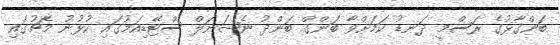
ބަންގާޅުގެ ރަސްމީ ދަނޑު ކަމަށްވާ ބަންގް ބަންދު ނެޝަނަލް ސްޓޭޑިއަމުގައި ކުޅުނު މެޗުގައި